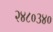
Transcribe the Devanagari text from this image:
२४८०३४०